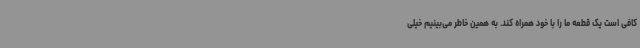
کافی است یک قطعه ما را با خود همراه کند. به همین خاطر می‌بینیم خیلی